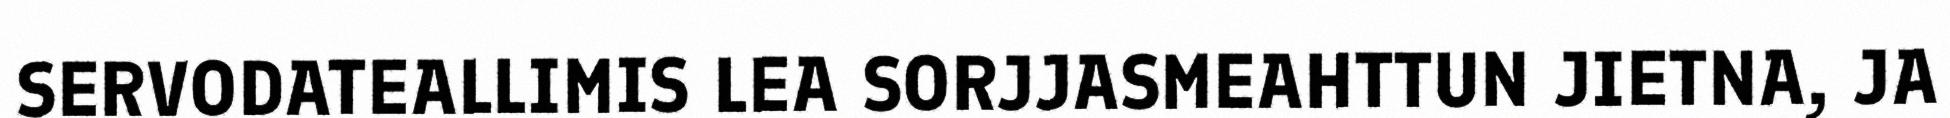
SERVODATEALLIMIS LEA SORJJASMEAHTTUN JIETNA, JA